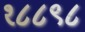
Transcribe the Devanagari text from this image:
१८८९८